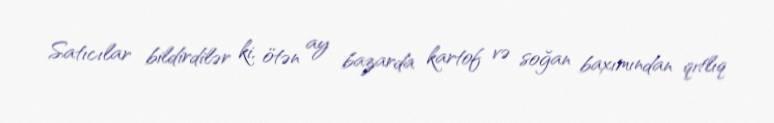
Satıcılar bildirdilər ki, ötən ay bazarda kartof və soğan baxımından qıtlıq